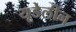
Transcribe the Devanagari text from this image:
यूडेलीन